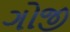
ગોજી